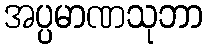
အပ္ပမာဏသုဘာ